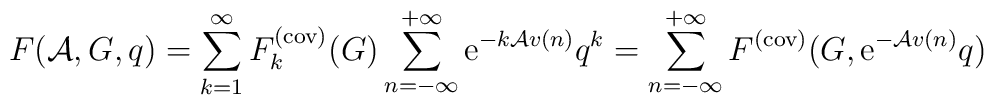
F({\cal A},G,q) = \sum_{k=1}^{\infty} F_k^{(\rm cov)}(G) \sum_{n=-\infty}^{+\infty}{\rm e}^{-k {\cal A}v(n)} q^k = \sum_{n=-\infty}^{+\infty}F^{(\rm cov)}(G,{\rm e}^{-{\cal A} v(n)} q)